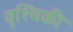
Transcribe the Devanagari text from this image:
वृश्चिकी